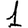
Digit: 1